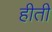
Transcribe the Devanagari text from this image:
हीती